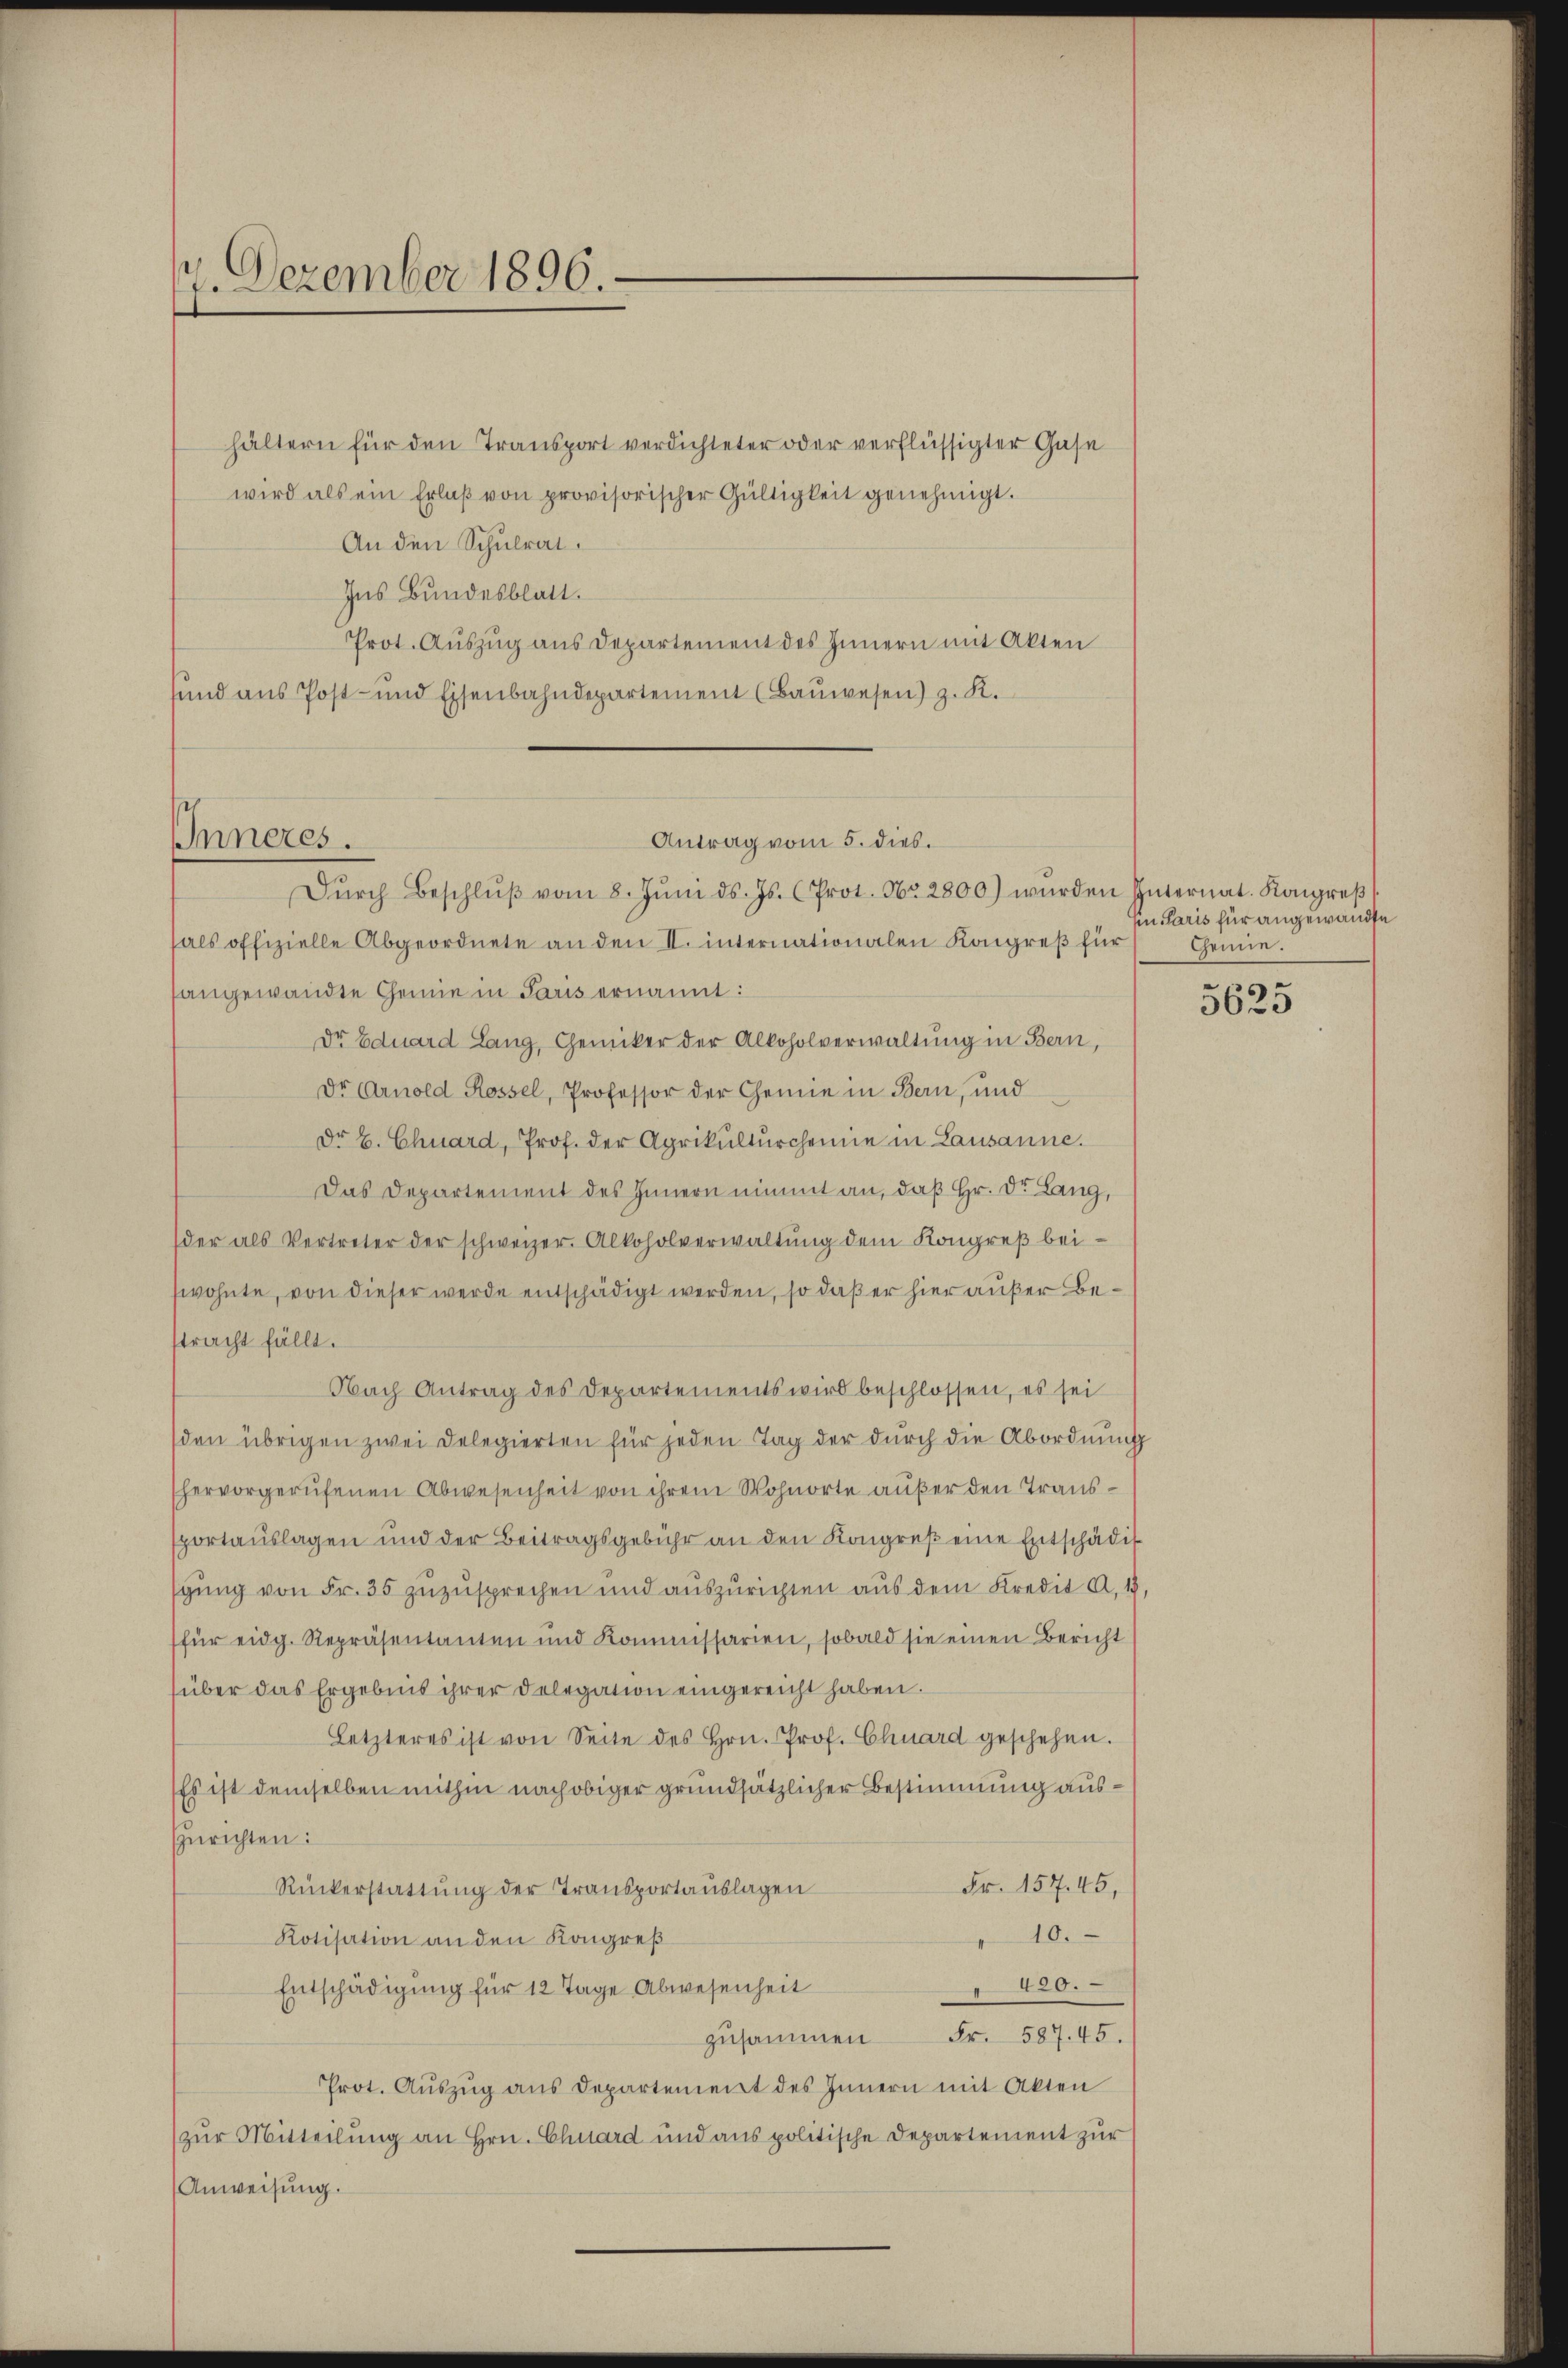
Dezember 1896.

hältern für den Transport verdichteter oder verflüssigter Gase
wird als ein Erlaβ von provisorischer Gültigkeit genehmigt.
An den Schulrat.
Ins Bundesblatt.
Prot. Auszug aus Departement des Innern mit Akten
sund aus Post- und Eisenbahndepartement (Bauwesen) z. K.

IInneres.

sals offizielle Abgeordnete an den II. internationalen Kongreß für
sangewandte Chemie in Paris ernannt:
dr Eduard Lang, Genicker der Alkoholverwaltung in Bern,
Dr Arnold Rossel, Professor der Gemie in Bern, und
Dr E. Chuard, Prof. der Agrikulturcheine in Lausanne.
Das Departement des Innern nimmt an, daß Hr. Dr. Lang,
(der als Vertreter der schweizer. Alkoholverwaltŭng dem Kongreβ bei-
wohnte, von dieser werde entschädigt werden, so daß er hier außer Bestracht fällt.
Nach Antrag des Departements wird beschlossen, es sei
(den übrigen zwei Delegierten für jeden Tag der durch die Abordnung
hervorgerufenen Abwesenheit von ihrem Wohnorte außer den Transsportauslagen und der Beitragsgebühr an den Kongreß eine Entschädig
gung von Fr. 35 zuzusprechen und auszurichten aus dem Kredit A. 18,
für eidg. Repräsentanten und Kommissarien, sobald sie einen Bericht
süber das Ergebnis ihrer Delegation eingereicht haben.
Letzteres ist von Seite des Hrn. Prof. Chuard geschehen.
Es ist demselben mithin nach obiger grundsätzlicher Bestimmung auszurichten:
Fr. 157. 45,
Rückerstattung der Transportauslagen
10.
Kotisation an den Kongreß
420.
Entschädigung für 12 Tage Abwesenheit
zusammen Fr. 587. 45.
Prot. Aŭszŭg ans Departement des Innern mit Akten
(zur Mitteilung an Hrn. Chuard und aus politische Departement zur
Anweisung.

Antrag vom 5. dies.
Dŭrch Beschlŭβ vom 8. Jŭni d. Js. (Prot. Nr. 2800) wŭrden Internat. Kongreβ

Ein Paris für angewandte
Gemie.

5625